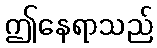
ဤနေရာသည်